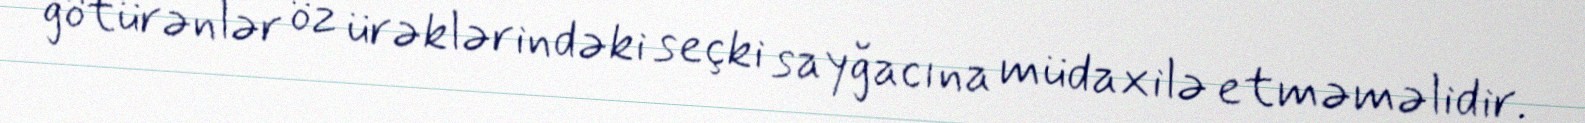
götürənlər öz ürəklərindəki seçki sayğacına müdaxilə etməməlidir.